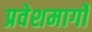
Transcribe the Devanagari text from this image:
प्रवेशमार्गों